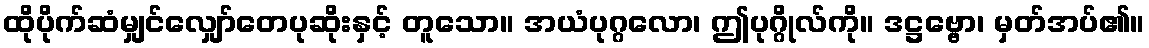
ထိုပိုက်ဆံမျှင်လျှော်တေပုဆိုးနှင့် တူသော။ အယံပုဂ္ဂလော၊ ဤပုဂ္ဂိုလ်ကို။ ဒဋ္ဌဗ္ဗော၊ မှတ်အပ်၏။